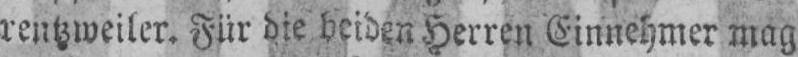
rentzweiler. Für die beiden Herren Einnehmer mag